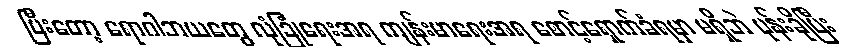
ပြီးတော့ ရောဂါဘယတွေ လုံခြုံရေးအရ ကျန်းမာရေးအရ စောင့်ရှောက်ခံရမှာ မရှိဘဲ ပုန်းခိုပြီး